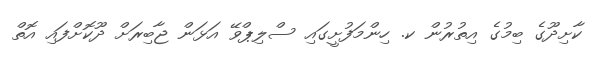
ކާށިދޫގެ ބިމުގެ އިތުރުން ކ. ހިންމަފުށީގައި ސްލިޕްވޭ އަޅަން ޖާބިރަށް ދޫކޮށްފައި އޮތް